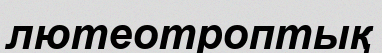
лютеотроптық